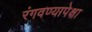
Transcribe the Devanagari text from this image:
रंगवण्यापेक्षा